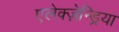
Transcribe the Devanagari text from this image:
एलेक्ज़ेन्ड्रिया